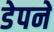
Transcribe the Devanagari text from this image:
डेपने